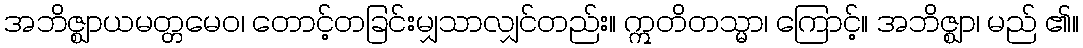
အဘိဇ္ဈာယမတ္တမေဝ၊ တောင့်တခြင်းမျှသာလျှင်တည်း။ ဣတိတသ္မာ၊ ကြောင့်။ အဘိဇ္ဈာ၊ မည် ၏။